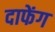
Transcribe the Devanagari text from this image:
दाफेंग